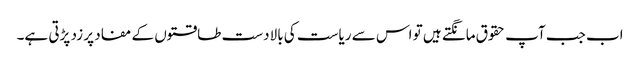
اب جب آپ حقوق مانگتے ہیں تو اس سے ریاست کی بالادست طاقتوں کے مفاد پر زد پڑتی ہے۔